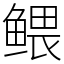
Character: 鳂